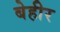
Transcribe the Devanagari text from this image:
बेहीर